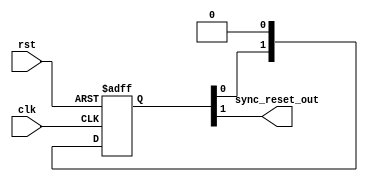
/*

Copyright (c) 2014-2018 Alex Forencich

Permission is hereby granted, free of charge, to any person obtaining a copy
of this software and associated documentation files (the "Software"), to deal
in the Software without restriction, including without limitation the rights
to use, copy, modify, merge, publish, distribute, sublicense, and/or sell
copies of the Software, and to permit persons to whom the Software is
furnished to do so, subject to the following conditions:

The above copyright notice and this permission notice shall be included in
all copies or substantial portions of the Software.

THE SOFTWARE IS PROVIDED "AS IS", WITHOUT WARRANTY OF ANY KIND, EXPRESS OR
IMPLIED, INCLUDING BUT NOT LIMITED TO THE WARRANTIES OF MERCHANTABILITY
FITNESS FOR A PARTICULAR PURPOSE AND NONINFRINGEMENT. IN NO EVENT SHALL THE
AUTHORS OR COPYRIGHT HOLDERS BE LIABLE FOR ANY CLAIM, DAMAGES OR OTHER
LIABILITY, WHETHER IN AN ACTION OF CONTRACT, TORT OR OTHERWISE, ARISING FROM,
OUT OF OR IN CONNECTION WITH THE SOFTWARE OR THE USE OR OTHER DEALINGS IN
THE SOFTWARE.

*/

// Language: Verilog-2001

`resetall
`timescale 1 ns / 1 ps
`default_nettype none

/*
 * Synchronizes an active-high asynchronous reset signal to a given clock by
 * using a pipeline of N registers.
 */
module sync_reset #(
    parameter N=2 // depth of synchronizer
)(
    input wire clk,
    input wire rst,
    output wire sync_reset_out
);

reg [N-1:0] sync_reg = {N{1'b1}};

assign sync_reset_out = sync_reg[N-1];

always @(posedge clk or posedge rst) begin
    if (rst)
        sync_reg <= {N{1'b1}};
    else
        sync_reg <= {sync_reg[N-2:0], 1'b0};
end

endmodule

`resetall